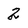
Character: 2